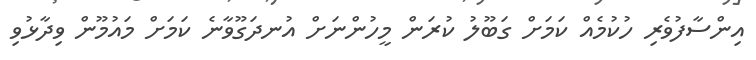
އިންސާފުވެރި ހުކުމެއް ކަމަށް ގަބޫލު ކުރަން މީހުންނަށް އުނދަގޫވާނެ ކަމަށް މައުމޫން ވިދާޅުވި